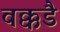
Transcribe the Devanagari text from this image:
वक्कडै